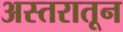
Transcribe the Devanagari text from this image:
अस्तरातून